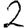
Digit: 2